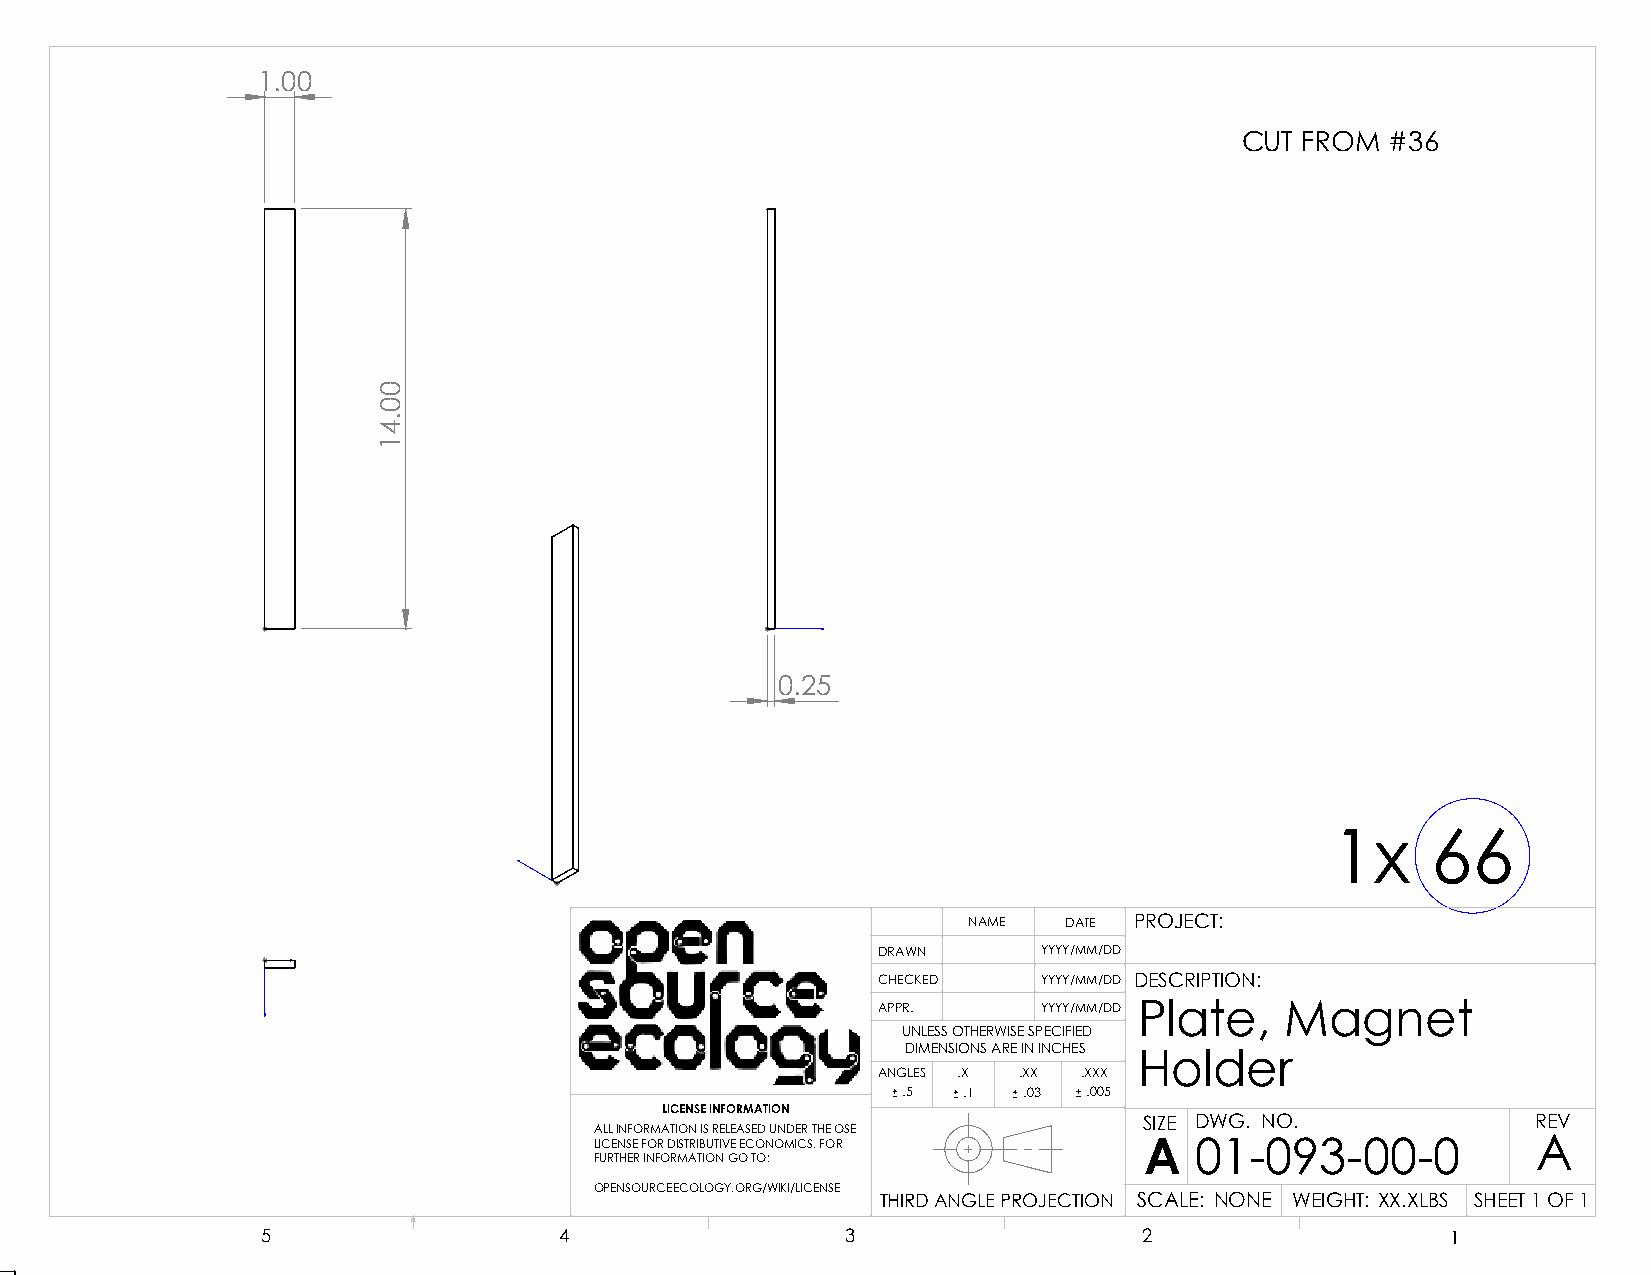
1.00
 CUT FROM  #36
 0.25
 1x     66
 NAME  DATE PROJECT:
 DRAWN      YYYY/MM/DD
 CHECKED    YYYY/MM/DD DESCRIPTION:
 APPR.      YYYY/MM/DD Plate, Magnet
 UNLESS OTHERWISE SPECIFIED
 DIMENSIONS ARE IN INCHES
 Holder
 ANGLES .X .XX .XXX
 .5  .1  .03 .005
 LICENSE INFORMATION
 SIZE DWG. NO.             REV
 ALL INFORMATION IS RELEASED UNDER THE OSE
 LICENSE FOR DISTRIBUTIVE ECONOMICS. FOR A 01-093-00-0          A
 FURTHER INFORMATION GO TO:
 OPENSOURCEECOLOGY.ORG/WIKI/LICENSE
 THIRD ANGLE PROJECTION SCALE: NONE WEIGHT: XX.XLBS SHEET 1 OF 1
 5                   4                  3                   2                   1
 00.41